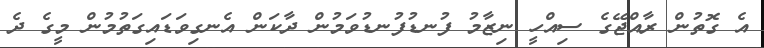
އެ ގޮތުން ރާއްޖޭގެ ސިއްހީ ނިޒާމު ފުނޑުފުނޑުވަމުން ދާކަން އެނގިވަޑައިގަތުމުން މީގެ ދެ